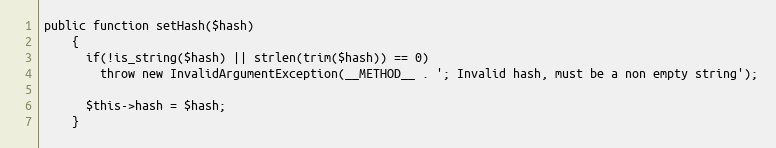
Language: PHP
public function setHash($hash)
    {
      if(!is_string($hash) || strlen(trim($hash)) == 0)
        throw new InvalidArgumentException(__METHOD__ . '; Invalid hash, must be a non empty string');

      $this->hash = $hash;
    }